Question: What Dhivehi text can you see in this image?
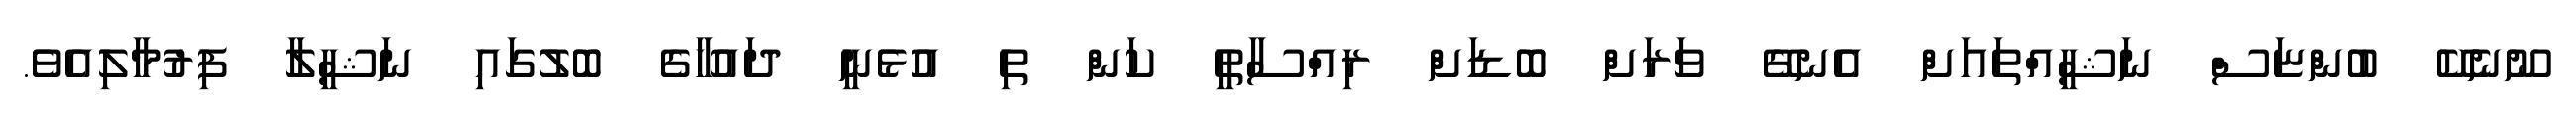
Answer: ނޫނެކޭ ބުންޏަސް ނަޝީއްތައަށް އެނގޭ ވަރަށް ބޮޑަށް ރިއްސާތީ ކަން ތި އުޅެނީ ދައުހާގެ ބޮލުގައި ނަޝީލާ ފިރުމާލިއެވެ.